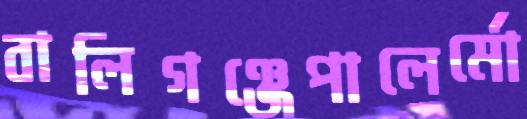
বালিগঞ্জেপালের্মো